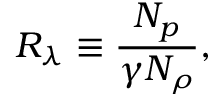
R _ { \lambda } \equiv \frac { N _ { p } } { \gamma N _ { \rho } } ,